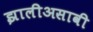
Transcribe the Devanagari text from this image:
झालीअसावी